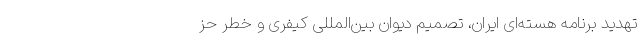
تهدید برنامه هسته‌ای ایران، تصمیم دیوان بین‌المللی کیفری و خطر حز